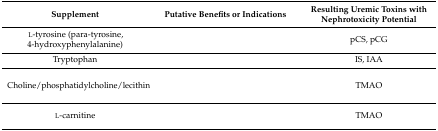
<table><thead><tr><td><b>Supplement</b></td><td><b>Putative Benefits or Indications</b></td><td><b>Resulting Uremic Toxins with Nephrotoxicity Potential</b></td></tr></thead><tbody><tr><td>l-tyrosine (para-tyrosine, 4-hydroxyphenylalanine)</td><td>[EMPTY_CELL]</td><td>pCS, pCG</td></tr><tr><td>Tryptophan</td><td>[EMPTY_CELL]</td><td>IS, IAA</td></tr><tr><td>Choline/phosphatidylcholine/lecithin</td><td>[EMPTY_CELL]</td><td>TMAO</td></tr><tr><td>l-carnitine</td><td>[EMPTY_CELL]</td><td>TMAO</td></tr></tbody></table>